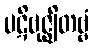
ပဋိဗုဇ္ဈိတဗ္ဗံ